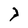
Character: 7